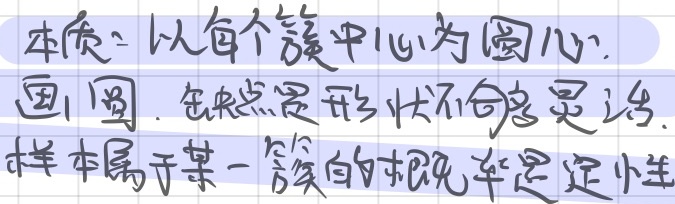
本质：以每个簇中心为圆心，画圆。 缺点是形状不会灵活。样本属于某一簇的概率是确定性